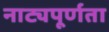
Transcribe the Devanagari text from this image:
नाट्यपूर्णता